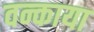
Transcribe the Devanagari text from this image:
वन्काया